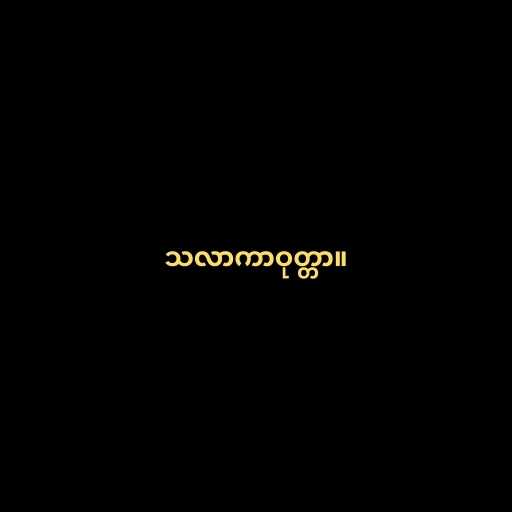
သလာကာဝုတ္တာ။